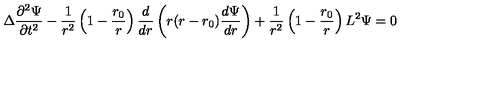
\Delta { \frac { \partial ^ { 2 } \Psi } { \partial t ^ { 2 } } } - { \frac { 1 } { r ^ { 2 } } } \left( 1 - { \frac { r _ { 0 } } { r } } \right) { \frac { d } { d r } } \left( r ( r - r _ { 0 } ) { \frac { d \Psi } { d r } } \right) + { \frac { 1 } { r ^ { 2 } } } \left( 1 - { \frac { r _ { 0 } } { r } } \right) L ^ { 2 } \Psi = 0